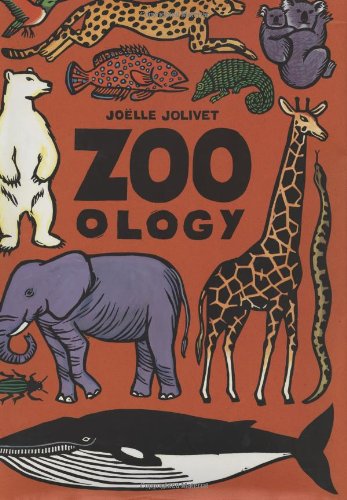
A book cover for Zoo - ology; Children's Books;